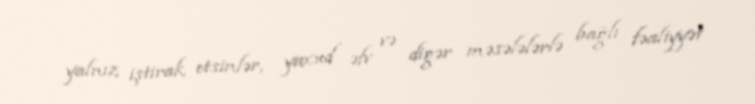
yalnız iştirak etsinlər, yaxud əfv və digər məsələlərlə bağlı fəaliyyət